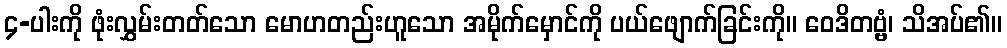
၄-ပါးကို ဖုံးလွှမ်းတတ်သော မောဟတည်းဟူသော အမိုက်မှောင်ကို ပယ်ဖျောက်ခြင်းကို။ ဝေဒိတဗ္ဗံ၊ သိအပ်၏။